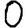
Digit: 0